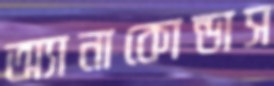
অ্যানাকোন্ডাস